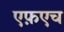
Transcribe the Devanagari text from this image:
एफ़एच